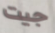
جيت